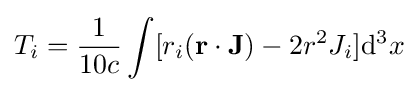
T_{i}={\frac {1}{10c}}\int [r_{i}(\mathbf {r} \cdot \mathbf {J} )-2r^{2}J_{i}]\mathrm {d} ^{3}x